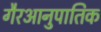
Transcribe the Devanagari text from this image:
गैरआनुपातिक